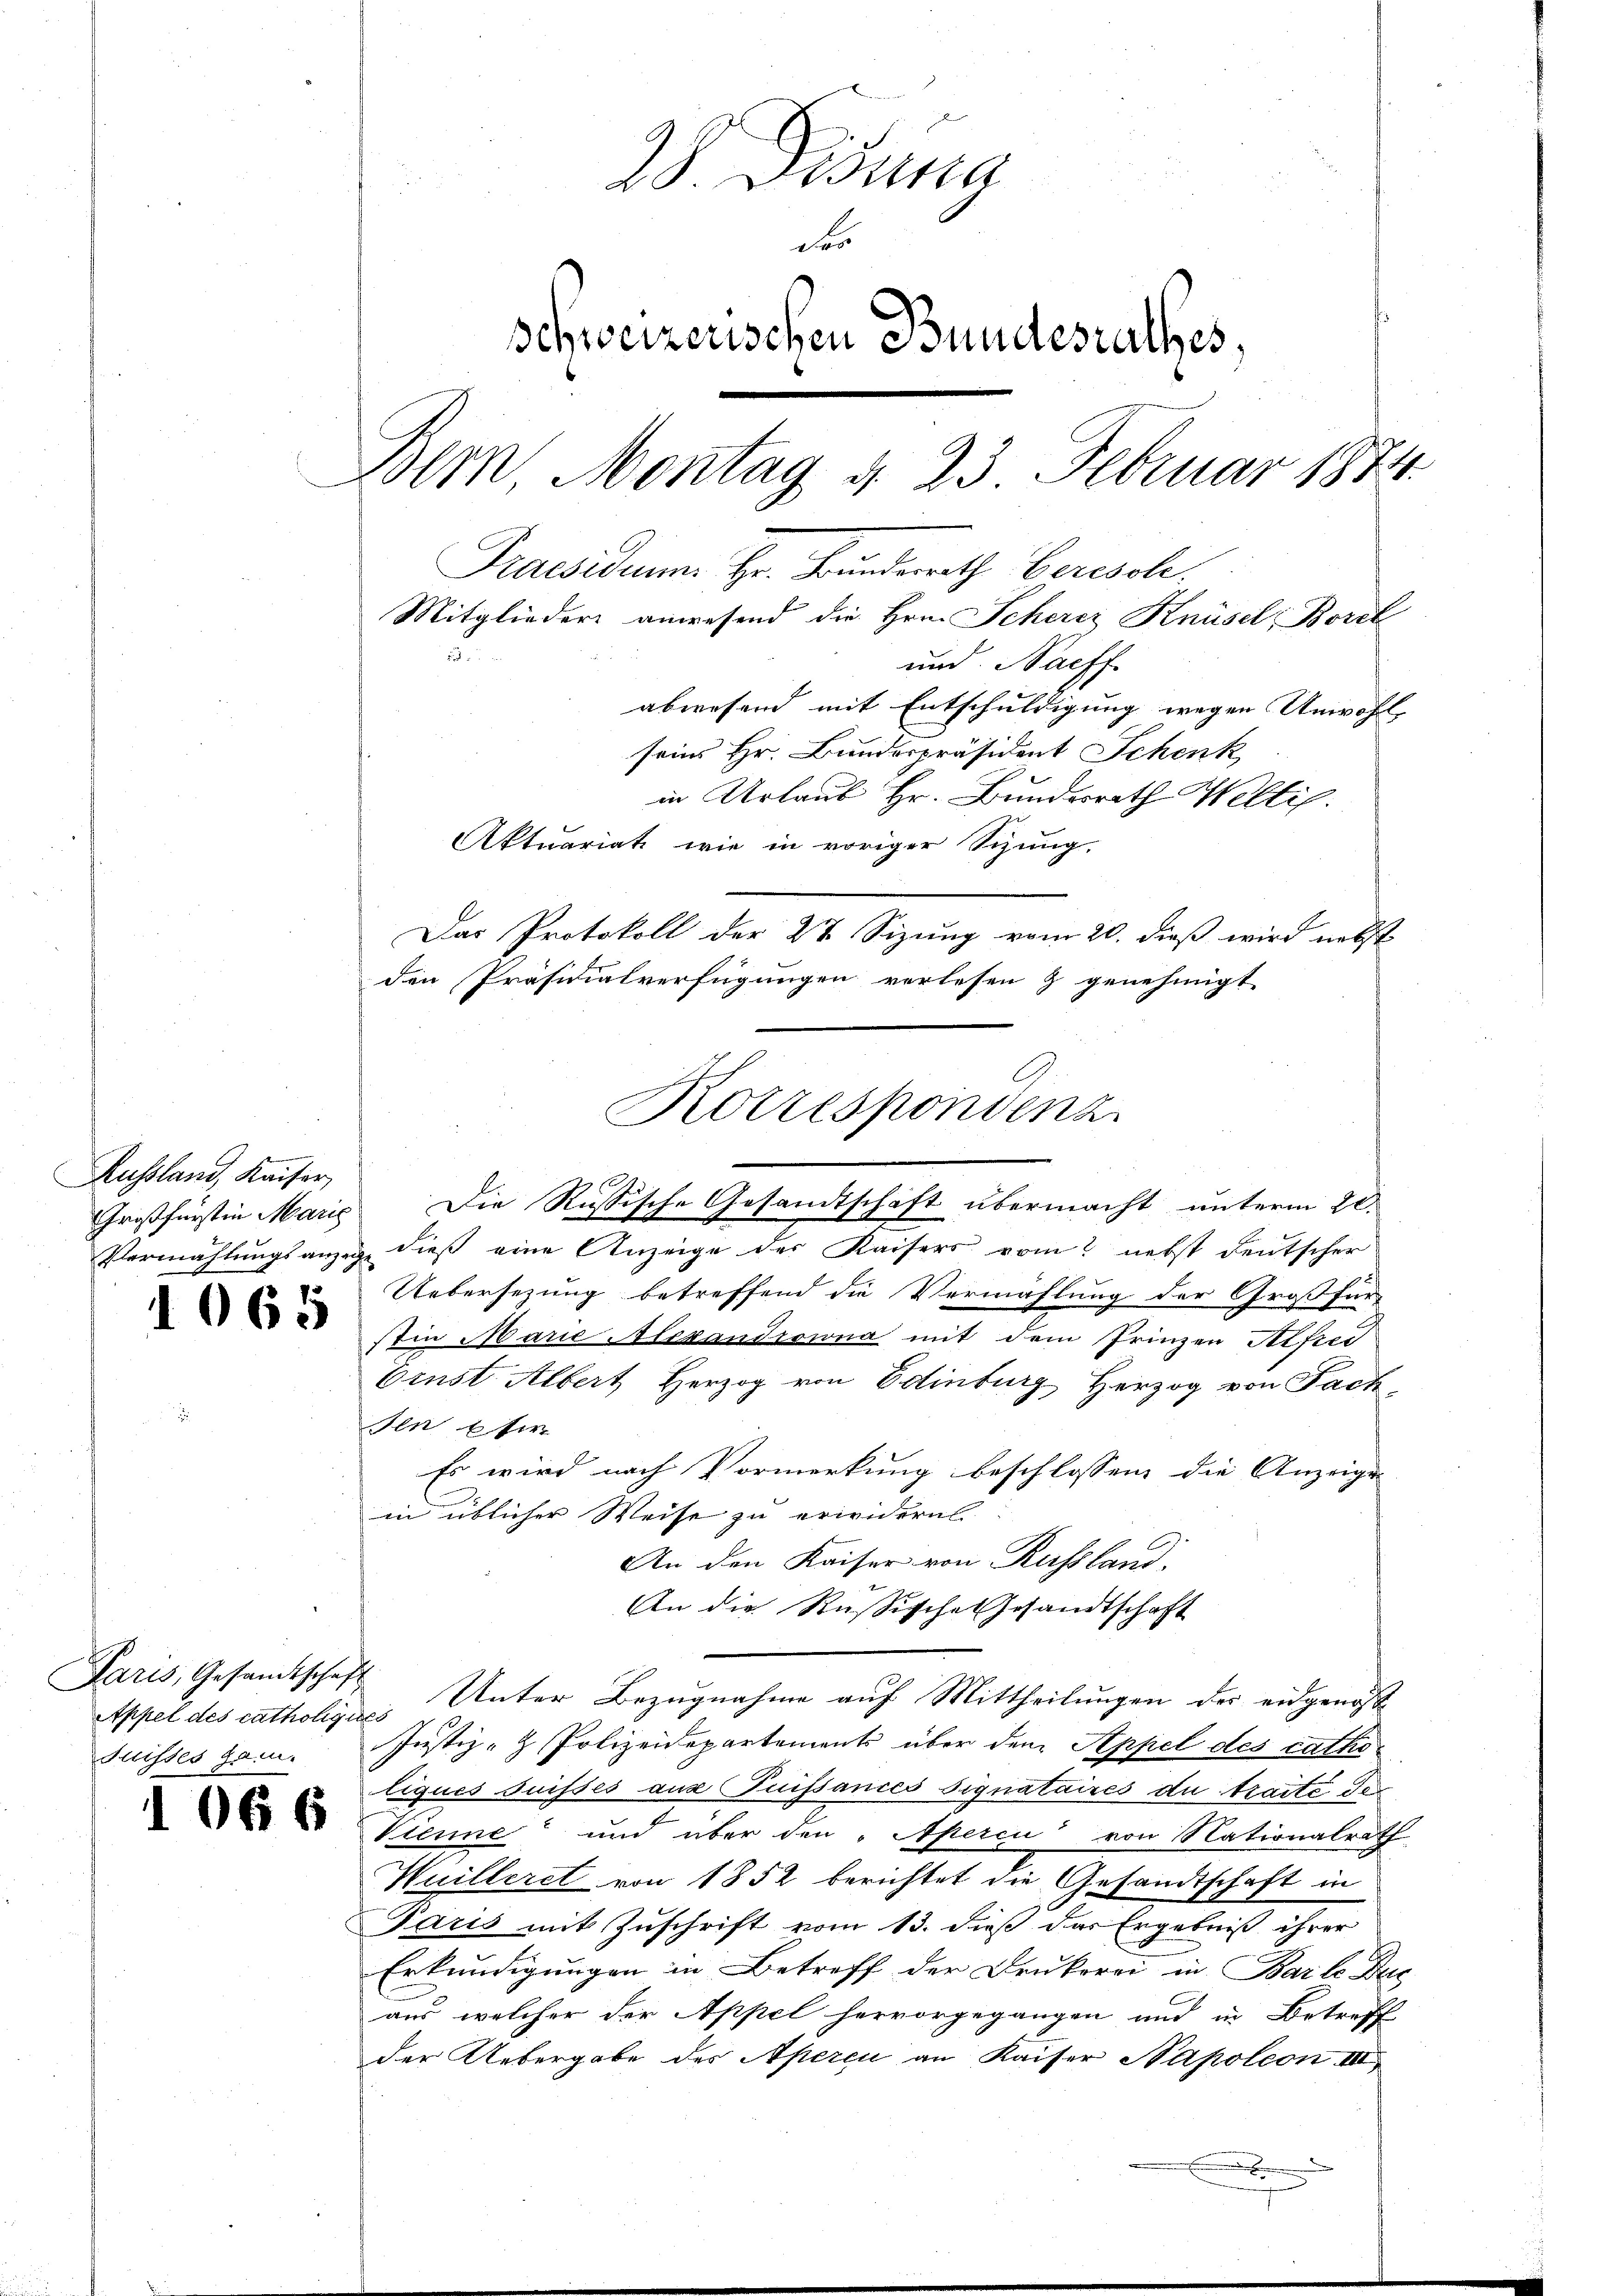
Russland, Kaiser,

Paris, Gesandtschaft
Appel des catholiques
Suisses gan

1

1065

066

28. Deputa
des
schweizerischen Bundesrathes,
Bern, Montag d. 23. Februar 1874.
Praesidium Hr. Bunderrath Beresol
Mitglieder anwesend die Hrn. Scherer Knüsel, Borel
und. Nachf
abwesend mit Entschuldigung wegen Unwohl,
seins Hr. Bundespräsident Schenk
in Urlaub Hr. Bundesrath Weltis.
Aktuariat wie in voriger Sizung.

Das Protokoll der 27 Sizung vom 20. dieß wird nebst
den Präsidialverfügungen verlesen & genehmigt
Korrespondenz

Großfürstin Maris Die Russische Gesandtschaft übermacht unterm 20.
Vermählungsanzige dieß eine Anzeige der Kaisers vom nebst deutscher
Uebersezung betreffend die Vermählung der Großfür-
stin Marie Alexandrowna mit dem Frinzen Alfred
Ernst Albert Herzog von Edinburg, Herzog von Fach
sen si
Es wird nach Vormerkung beschlossen die Anzeiger
in üblicher Weise zu erwidern.
An den Kaiser von Russland.
An die Russische Gesandtschaft
Unter Bezugnahme auf Mittheilungen der eidgenosse
Justiz- & Polizeidepartements über dem Appel des catholiques Suisses aus Puissances signataires de traite de
Vienne und über den „Aperci von Nationalrath
Wuilleret von 1852 berichtet die Gesandtschaft in
Paris mit Zuschrift vom 13. dieß das Ergebniß ihrer
Erkundigungen in Betreff der Drukerei in Barle Dic
aus, welcher der Appel hervorgegangen und in Betreff
der Uebergabe des Aperci an Kaiser Napoleon III